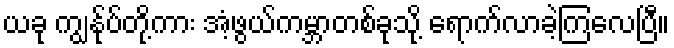
ယခု ကျွန်ုပ်တို့ကား အံ့ဖွယ်ကမ္ဘာတစ်ခုသို့ ရောက်လာခဲ့ကြလေပြီ။